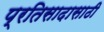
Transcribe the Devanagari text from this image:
प्रतिसादासाठी